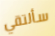
سألتقي